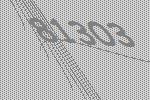
81303